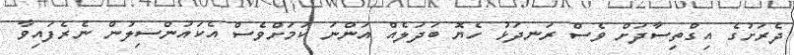
ދެރަށުގެ އިގްތިސާދަށް ވެސް ރަނދަޅު ހެޔޮ ބަދަލެއް އަންނަ ކަމަށްވެސް އެކައުންސިލުން ނެރެފައިވާ